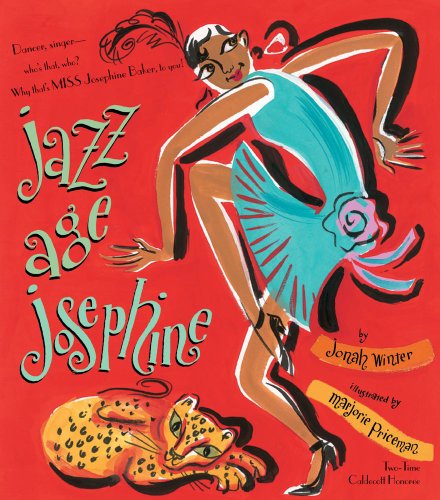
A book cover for Jazz Age Josephine: Dancer, singer--who's that, who? Why, that's MISS Josephine Baker, to you!; Jonah Winter; Children's Books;